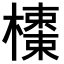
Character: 𣝬